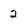
Character: 2